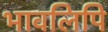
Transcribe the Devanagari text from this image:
भावलिपि